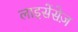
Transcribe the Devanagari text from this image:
लाइसेंसेज़